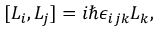
[ L _ { i } , L _ { j } ] = i \hbar \epsilon _ { i j k } L _ { k } ,